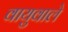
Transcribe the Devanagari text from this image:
वायुवाले